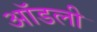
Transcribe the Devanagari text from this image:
ऑडली